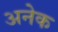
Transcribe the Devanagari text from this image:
अनेेक